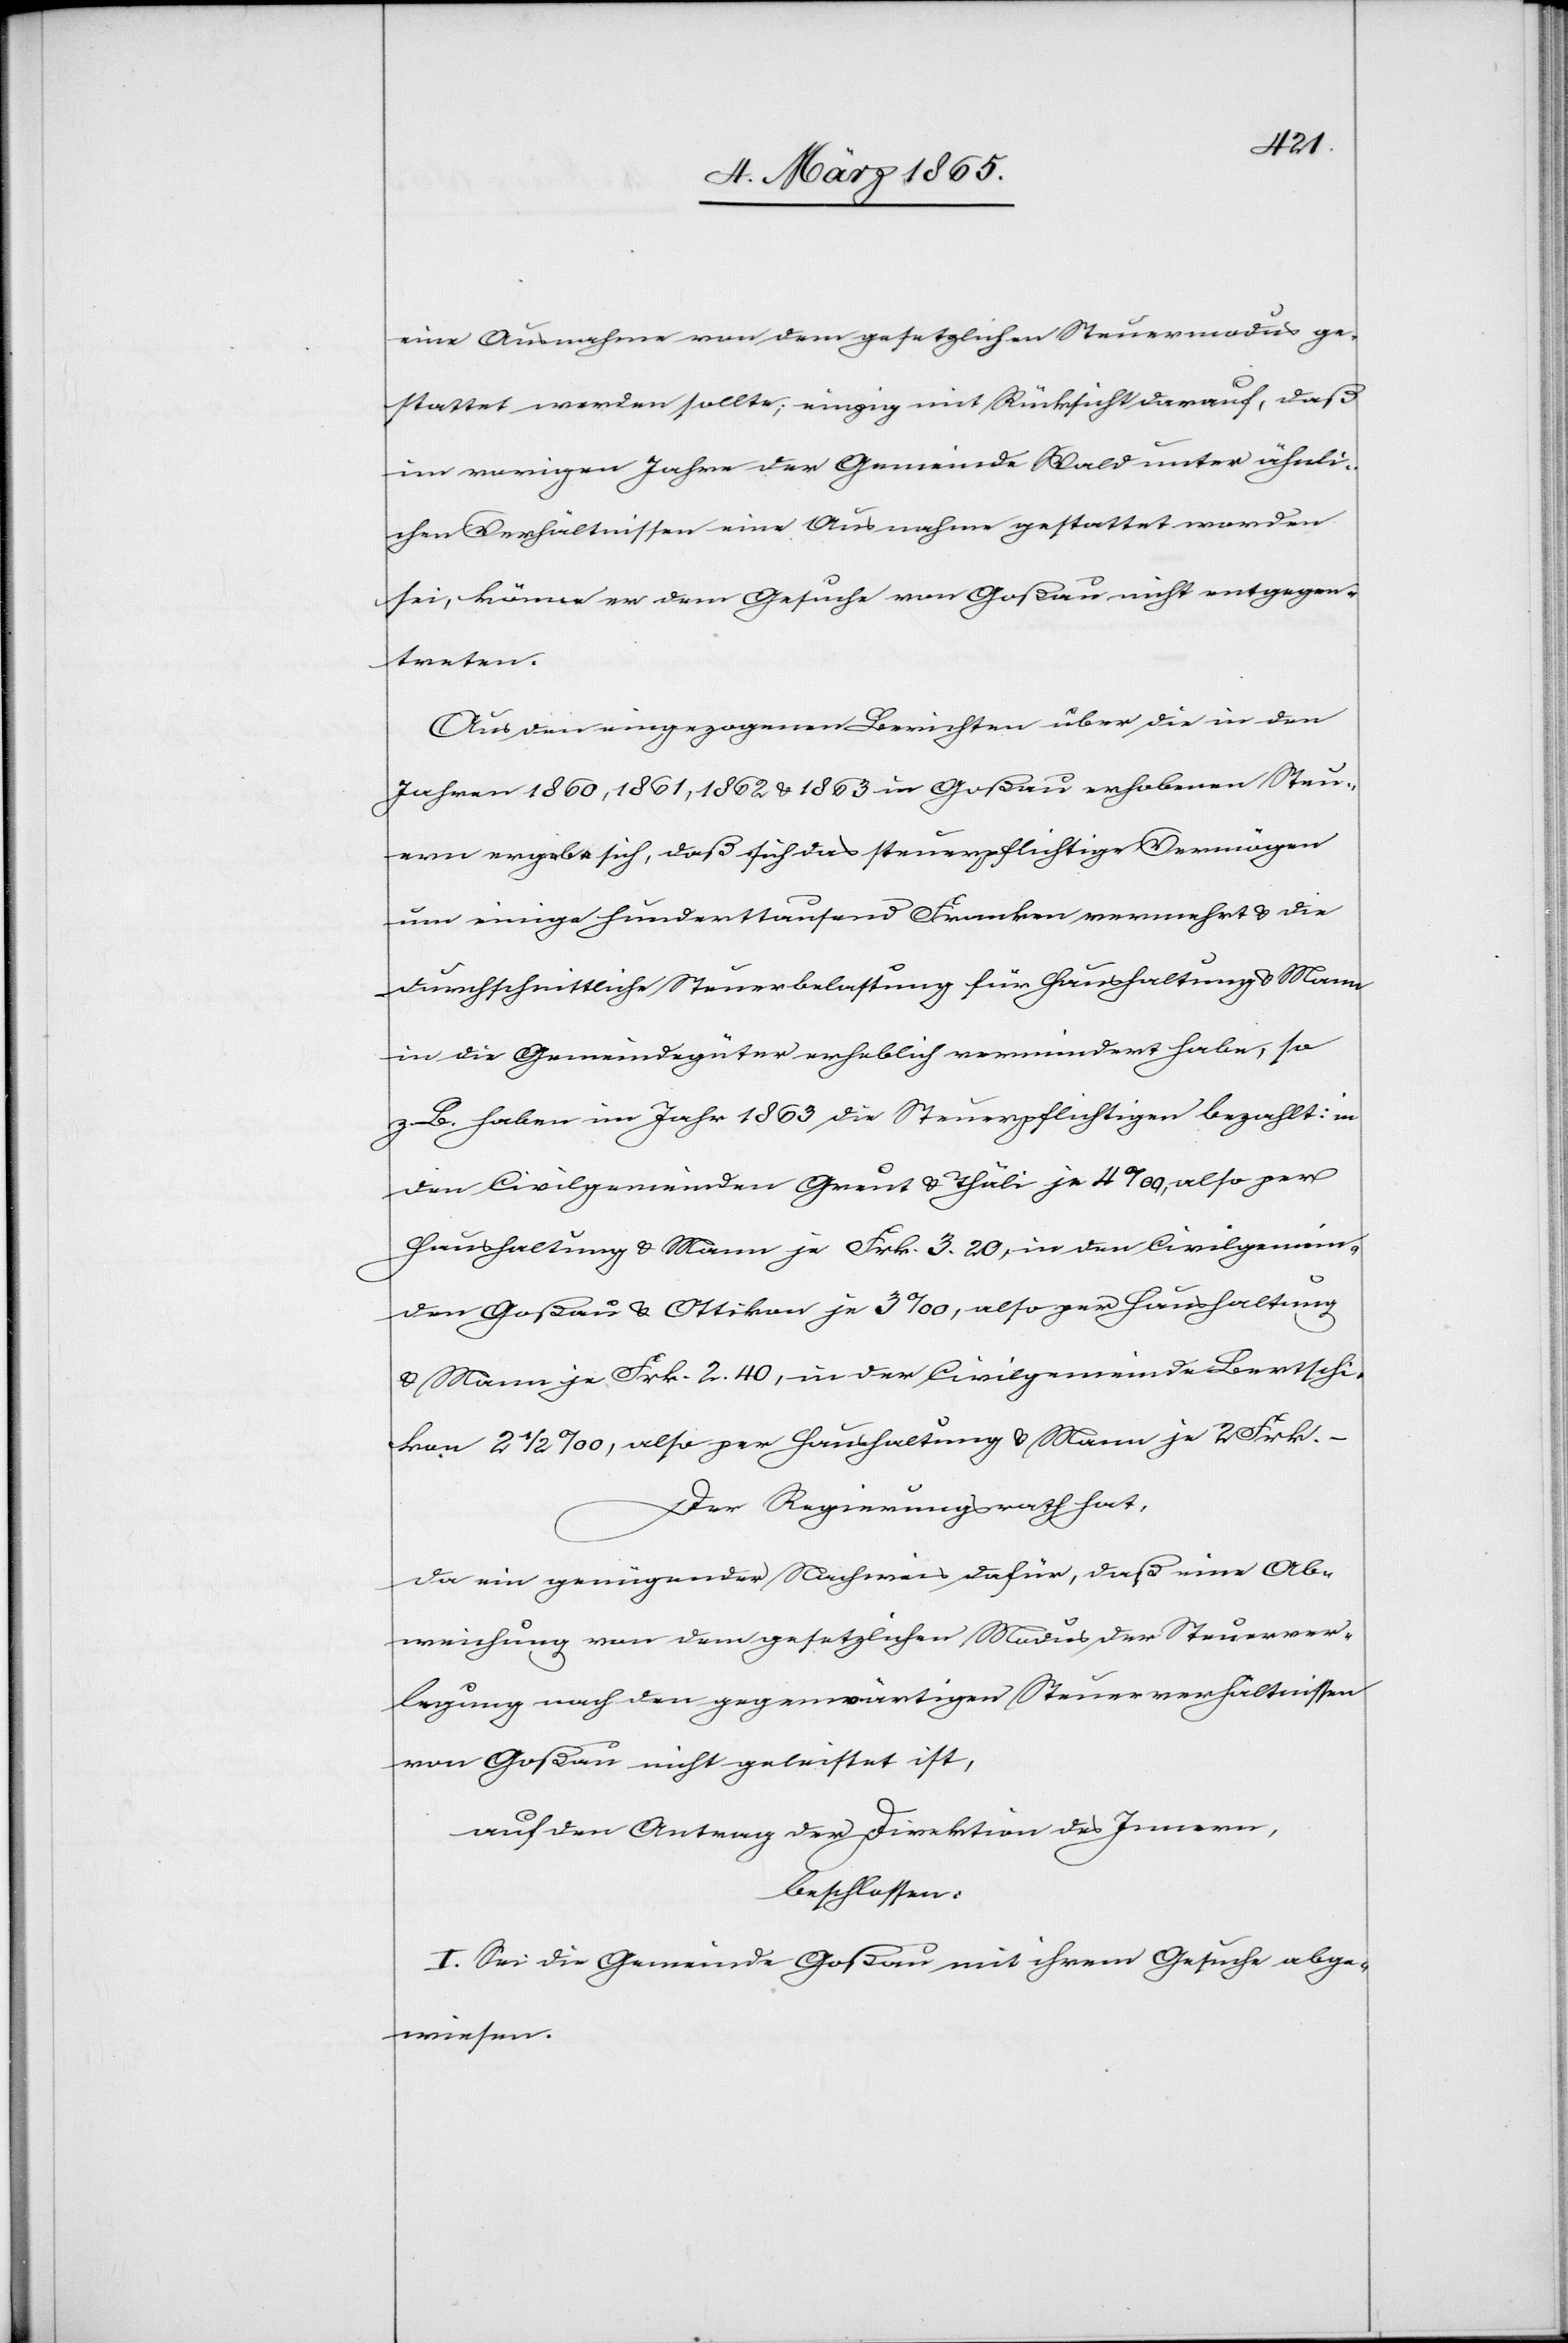
eine Ausnahme von dem gesetzlichen Steuermodus ge¬
stattet werden sollte; einzig mit Rücksicht darauf, daß
im vorigen Jahre der Gemeinde Wald unter ähnli¬
chen Verhältnissen eine Ausnahme gestattet worden
sei, könne er dem Gesuche von Goßau nicht entgegen¬
treten.
Aus den eingezogenen Berichten über die in den
Jahren 1860, 1861, 1862 u. 1863 in Goßau erhobenen Steu¬
ern ergebe sich, daß sich das steuerpflichtige Vermögen
um einige hunderttausend Franken vermehrt u. die
durchschnittliche Steuerbelastung für Haushaltung u. Mann
in die Gemeindegüter erheblich vermindert habe, so
z. B. haben im Jahr 1863 die Steuerpflichtigen bezahlt: in
den Civilgemeinden Greut u. Thäli je 4 ‰, also per
Haushaltung u. Mann je Frk. 3. 20, in den Civilgemein¬
den Goßau u. Ottikon je 3 ‰, also per Haushaltung
u. Mann je Frk. 2. 40, in der Civilgemeinde Bertschi¬
kon 2 ½ ‰, also per Haushaltung u. Mann je 2 Frk.
Der Regierungsrath hat,
da ein genügender Nachweis dafür, daß eine Ab¬
weichung von dem gesetzlichen Modus der Steuerver¬
legung nach den gegenwärtigen Steuerverhältnissen
von Goßau nicht geleistet ist,
auf den Antrag der Direktion des Innern,
beschlossen:
I. Sei die Gemeinde Goßau mit ihrem Gesuche abge¬
wiesen.